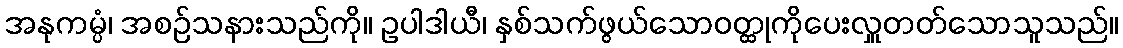
အနုကမ္ပံ၊ အစဉ်သနားသည်ကို။ ဥပါဒါယီ၊ နှစ်သက်ဖွယ်သောဝတ္ထုကိုပေးလှူတတ်သောသူသည်။